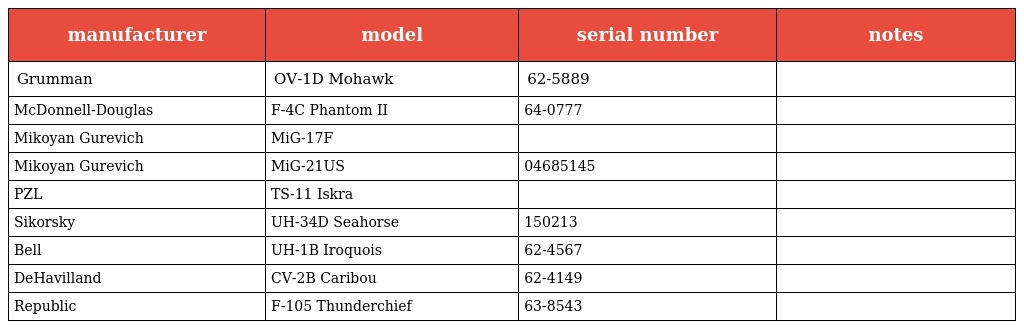
| manufacturer | model | serial number | notes |
 | --- | --- | --- | --- |
 | Grumman | OV-1D Mohawk | 62-5889 |  |
 | McDonnell-Douglas | F-4C Phantom II | 64-0777 |  |
 | Mikoyan Gurevich | MiG-17F |  |  |
 | Mikoyan Gurevich | MiG-21US | 04685145 |  |
 | PZL | TS-11 Iskra |  |  |
 | Sikorsky | UH-34D Seahorse | 150213 |  |
 | Bell | UH-1B Iroquois | 62-4567 |  |
 | DeHavilland | CV-2B Caribou | 62-4149 |  |
 | Republic | F-105 Thunderchief | 63-8543 |  |